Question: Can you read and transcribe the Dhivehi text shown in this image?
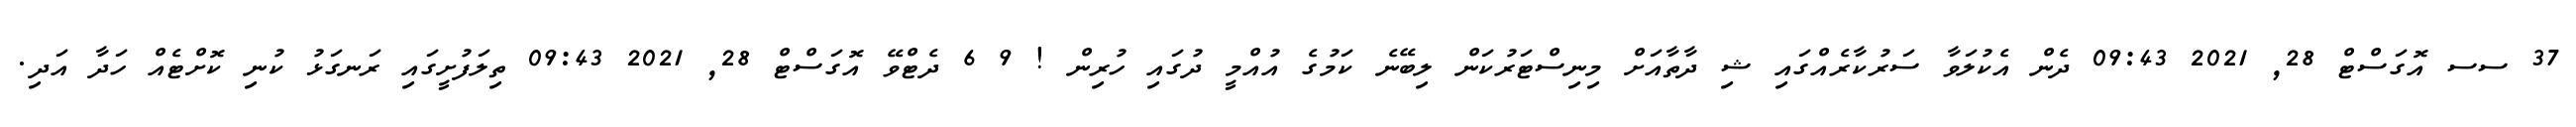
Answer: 37 ސސ އޮގަސްޓް 28, 2021 09:43 ދެން އެކުލަވާ ސަރުކާރެއްގައި ޝި ދާތާއަށް މިނިސްޓަރުކަން ލިބޭނެ ކަމުގެ އުއްމީ ދުގައި ހުރިން ! 9 6 ދެޓްވޭ އޮގަސްޓް 28, 2021 09:43 ތިލަފުށީގައި ރަނގަޅު ކުނި ކޮށްޓެއް ހަދާ އަދި.